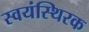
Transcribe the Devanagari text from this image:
स्वयंस्थिरक